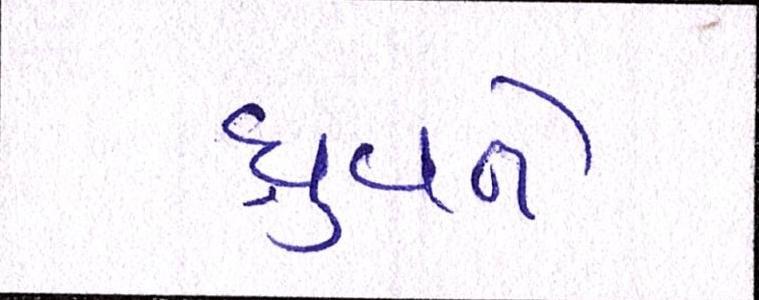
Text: ધ્રુવને